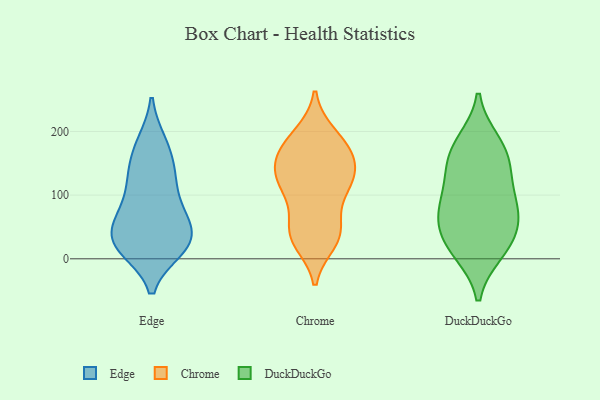
{"axis": {"x": "Waste Production (Tons)", "y": "Value"}, "legend": ["Chrome", "DuckDuckGo", "Edge"], "data": [{"x": "", "y": 28, "type": "Edge"}, {"x": "", "y": 182, "type": "Edge"}, {"x": "", "y": 18, "type": "Edge"}, {"x": "", "y": 133, "type": "Edge"}, {"x": "", "y": 60, "type": "Edge"}, {"x": "", "y": 122, "type": "Edge"}, {"x": "", "y": 154, "type": "Edge"}, {"x": "", "y": 19, "type": "Edge"}, {"x": "", "y": 182, "type": "Edge"}, {"x": "", "y": 76, "type": "Edge"}, {"x": "", "y": 24, "type": "Edge"}, {"x": "", "y": 79, "type": "Edge"}, {"x": "", "y": 43, "type": "Edge"}, {"x": "", "y": 16, "type": "Edge"}, {"x": "", "y": 122, "type": "Edge"}, {"x": "", "y": 64, "type": "Edge"}, {"x": "", "y": 26, "type": "Edge"}, {"x": "", "y": 146, "type": "Chrome"}, {"x": "", "y": 184, "type": "Chrome"}, {"x": "", "y": 28, "type": "Chrome"}, {"x": "", "y": 124, "type": "Chrome"}, {"x": "", "y": 163, "type": "Chrome"}, {"x": "", "y": 194, "type": "Chrome"}, {"x": "", "y": 183, "type": "Chrome"}, {"x": "", "y": 38, "type": "Chrome"}, {"x": "", "y": 44, "type": "Chrome"}, {"x": "", "y": 103, "type": "Chrome"}, {"x": "", "y": 162, "type": "Chrome"}, {"x": "", "y": 107, "type": "Chrome"}, {"x": "", "y": 42, "type": "Chrome"}, {"x": "", "y": 148, "type": "Chrome"}, {"x": "", "y": 124, "type": "Chrome"}, {"x": "", "y": 39, "type": "Chrome"}, {"x": "", "y": 118, "type": "Chrome"}, {"x": "", "y": 177, "type": "DuckDuckGo"}, {"x": "", "y": 53, "type": "DuckDuckGo"}, {"x": "", "y": 90, "type": "DuckDuckGo"}, {"x": "", "y": 88, "type": "DuckDuckGo"}, {"x": "", "y": 124, "type": "DuckDuckGo"}, {"x": "", "y": 11, "type": "DuckDuckGo"}, {"x": "", "y": 56, "type": "DuckDuckGo"}, {"x": "", "y": 183, "type": "DuckDuckGo"}, {"x": "", "y": 156, "type": "DuckDuckGo"}, {"x": "", "y": 28, "type": "DuckDuckGo"}, {"x": "", "y": 13, "type": "DuckDuckGo"}, {"x": "", "y": 145, "type": "DuckDuckGo"}, {"x": "", "y": 74, "type": "DuckDuckGo"}]}